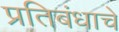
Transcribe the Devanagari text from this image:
प्रतिबंधाचे